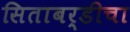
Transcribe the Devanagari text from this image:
सिताबर्डीचा